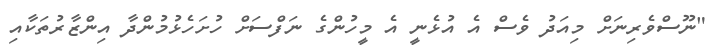
"ނޫސްވެރިނަށް މިއަދު ވެސް އެ އުޅެނީ އެ މީހުންގެ ނަފްސަށް ހުށަހެޅުމުންދާ އިންޒާރުތަކާއި